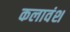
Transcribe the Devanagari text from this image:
कलावंश